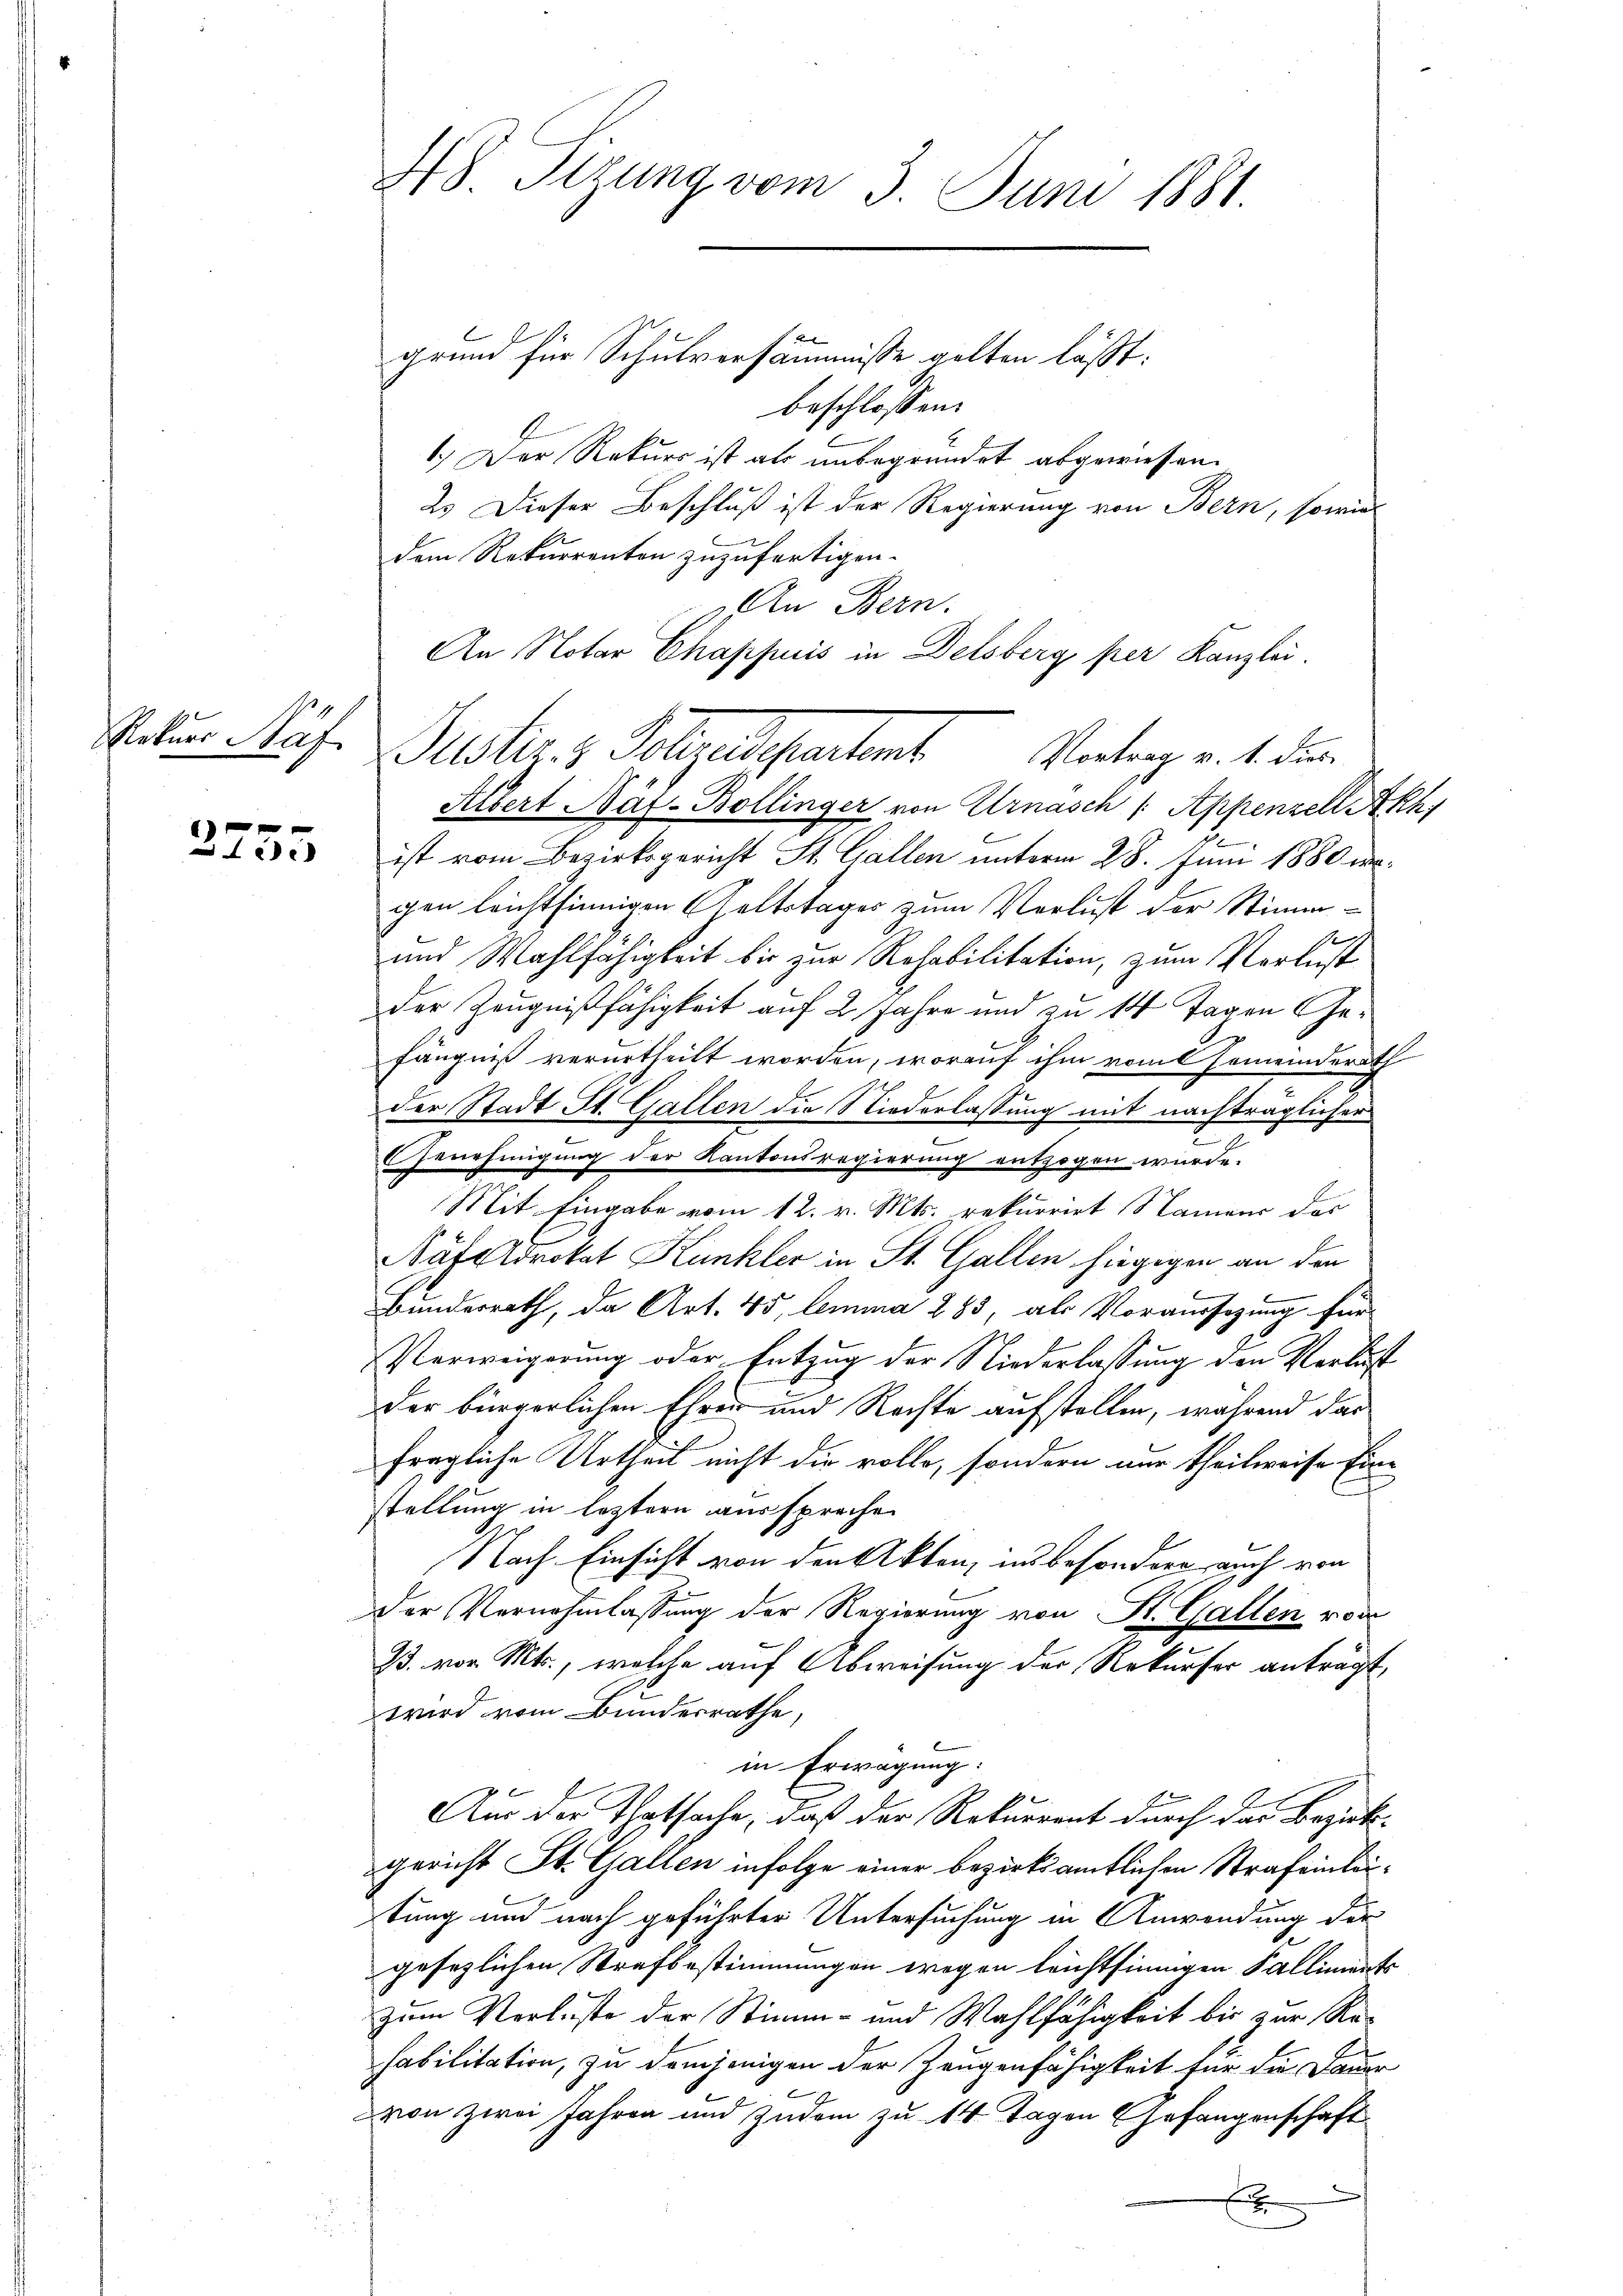
Rekurs Näf

1 f 0 x
x

grund für Schulversäumnisse gelten lässt:
beschlossen:
1.) Der Rekurs ist als unbegründet abgewiesen.
2. Dieser Beschluß ist der Regierung von Bern, sowie
dem Rekurrenten zuzufertigen.
An Bern.
An Notar Chappuis in Delsberg per Kanzlei.
Albert Haf-Bollinger von Urnasch /: Appenzell Akh
ist vom Bezirksgericht St. Gallen unterm 28. Juni 1880 wogen leichtsinnigen Geltstages zum Verlust der Stimm¬
1
und Wahlfähigkeit bis zur Rehabilitation, zum Vortest
der Zeugnißfähigkeit auf 2 Jahre und zu 14 Tagen Gefängniß verurtheilt worden, worauf ihm vom Gemeinderath
der Stadt St. Gallen die Niederlassung mit nachträglicher
E Genehinigung der Kantonsregierung entzogen würde.
Mit Eingabe vom 12. v. Mts. rekurrirt Namens des
Näfelovokat Kunkler in St. Gallen hiegigen an den
6
Bunderrath, da Art. 45, lemma 283, als Voraussagung für
Verweigerung oder Entzug der Niederlassung den Verlust
der bürgerlichen Ehrer und Rechte aufstellen, während das
fragliche Urtheil nicht die volle, sondern nur theilweise Eine
stellung in letztern aussprechen
Nach Einsicht von den Akten, ins besondere auch von
der Vernehmlassung der Regierung von St. Gallen vom
33. vor. Mts., welche auf Abweisung der Rekurser anträgt,
wird vom Bundesrathe,
in Erwägung:
Aus der Thatsache, daß der Rekurrent durch der Bezirksgericht St. Gallen infolge einer bezirksamtlichen Strafeinleitung und nach geführter Untersuchung in Anwendung der
gesetzlichen Strafbestimmungen wegen leichtsinnigen Falliments
zum Verluste der Stimm- und Wahlfähigkeit bis zur Rehabilitation, zu demjenigen der Zeugenfähigkeit für die Dauer
von zwei Jahren und zudem zu 14 Tagen Gefangenschaft
E

48. Sizung vom 3. Juni 1881.

Puster. s. Schliessertens Vertrag v. 1. den